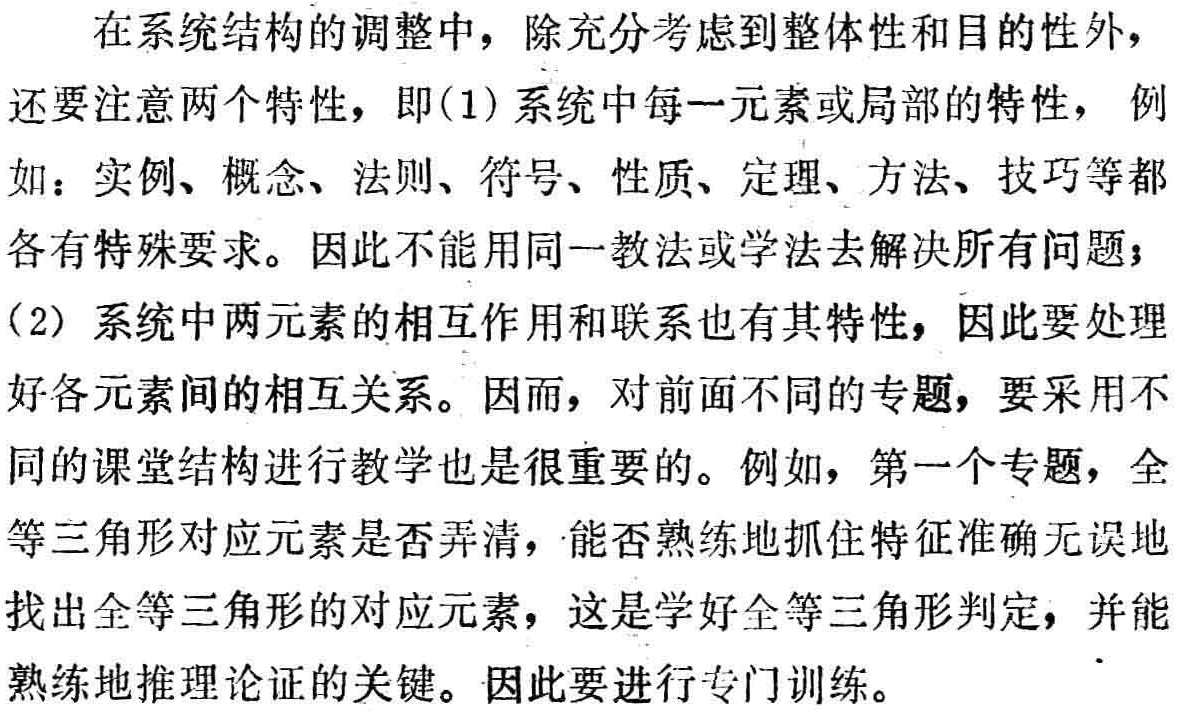
在系统结构的调整中，除充分考虑到整体性和目的性外，

还要注意两个特性，即(1)系统中每一元素或局部的特性，例

如：实例、概念、法则、符号、性质、定理、方法、技巧等都

各有特殊要求。因此不能用同一教法或学法去解决所有问题；

(2)系统中两元素的相互作用和联系也有其特性，因此要处理

好各元素间的相互关系。因而，对前面不同的专题，要采用不

同的课堂结构进行教学也是很重要的。例如，第一个专题，全

等三角形对应元素是否弄清，能否熟练地抓住特征准确无误地

找出全等三角形的对应元素，这是学好全等三角形判定，并能

熟练地推理论证的关键。因此要进行专门训练。